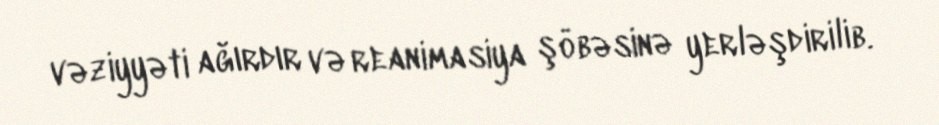
vəziyyəti ağırdır və reanimasiya şöbəsinə yerləşdirilib.